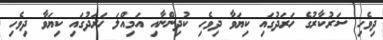
ދިވެހި ސަރުކާރުގެ ޚަރަދުގައި ކިޔަވާ ދިވެހި ކުދިންނާއި އަމިއްލަ ޚަރަދުގައި ކިޔަވާ ދިވެހި